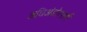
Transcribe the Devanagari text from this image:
अधिअंडोत्सर्ग